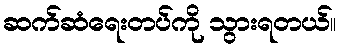
ဆက်ဆံရေးတပ်ကို သွားရတယ်။